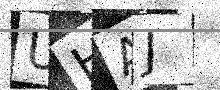
Text: UHAJ